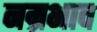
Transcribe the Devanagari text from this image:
नम्रभाव